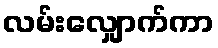
လမ်းလျှောက်ကာ